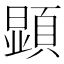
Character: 顕